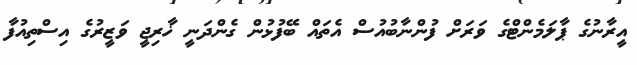
އީރާނުގެ ޕާލަމެންޓްގެ ވަރަށް ފުންނާބުއުސް އެތައް ބޭފުޅުން ގެންދަނީ ޚާރިޖީ ވަޒީރުގެ އިސްތިއުފާ